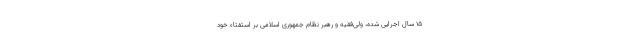
۱۵ سال اجرایی شده، ولی‌فقیه و رهبر نظام جمهوری اسلامی بر استفتاء خود